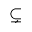
\subsetneq